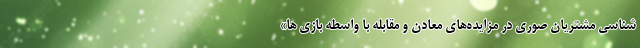
شناسی مشتریان صوری در مزایده‌های معادن و مقابله با واسطه بازی ها»